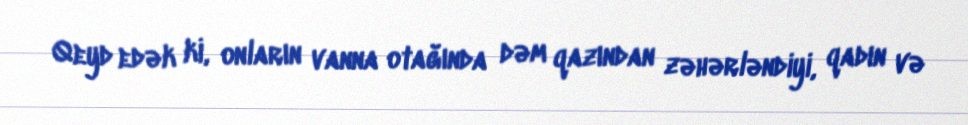
Qeyd edək ki, onların vanna otağında dəm qazından zəhərləndiyi, qadın və